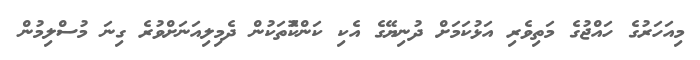
މިއަހަރުގެ ހައްޖުގެ މަތިވެރި އަޅުކަމަށް ދުނިޔޭގެ އެކި ކަންކޮުތަކުން ދެމިލިއަނަށްވުރެ ގިނަ މުސްލިމުން